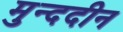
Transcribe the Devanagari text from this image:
मुन्ददीन